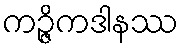
ကဉ္ဇိကဒါနဿ